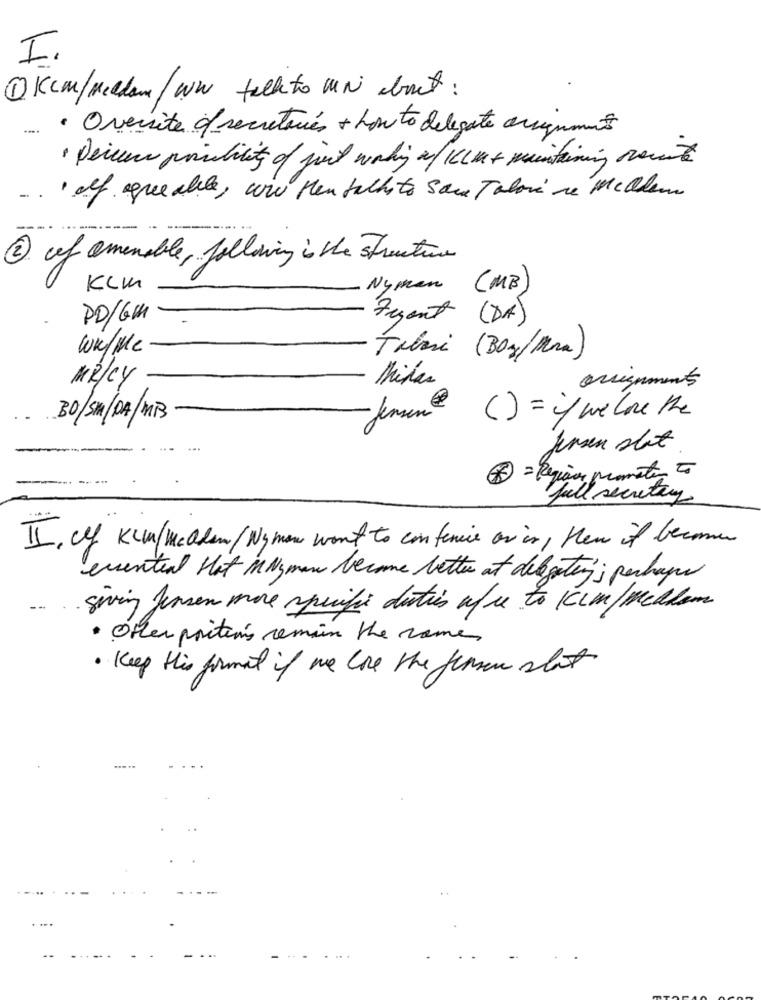
I.
1Kcm/Mellan/ww talk to UN about :
· Oversite c/ secretaries + howto delegate arguments
· Perces posibility of jord working of ILU + maintaining recent
- . af agree able, wi Men Sillito Sou Tabori re Mellem
-.
2 of amenable , following is the structure
KLM
Nyman (MB)
PD/GM
Fesant (DA)
ww/Me
Tabii (Boz/Mra)
Midas
orsignments
Mikcy
BO/SM/DA/MB
Jemun ( ) = if we love the
Jensen shot
= Região promotor 5
Full secretary
II, cy Kun/medlem/ Nyman want to confenice or is , New it became
eventual Hat inNyman become better at dibgaten'; perhaps
giving Jensen more specific duties ufc to Kim/Medlem
· Offer poritions remain the names
· Keep this format if we love the firmen slot